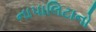
નાપાલિટાનો